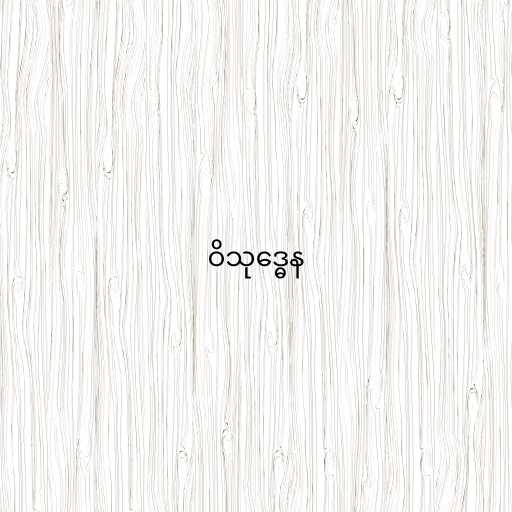
ဝိသုဒ္ဓေန